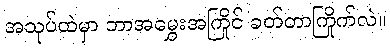
အသုပ်ထဲမှာ ဘာအမွှေးအကြိုင် ခတ်တာကြိုက်လဲ။